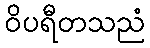
ဝိပရီတသညံ